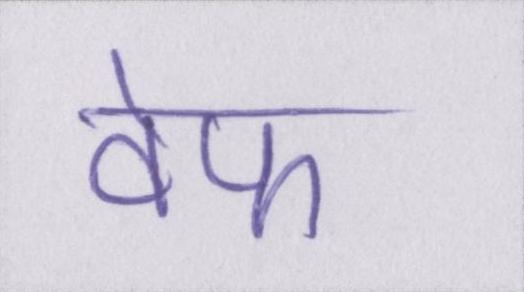
वेफ